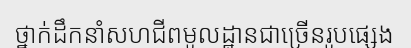
ថ្នាក់ដឹកនាំសហជីពមូលដ្ឋានជាច្រើនរូបផ្សេង